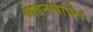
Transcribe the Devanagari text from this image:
आडनावाचेच